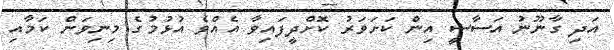
އަދި ގާނޫނު އަސާސީ އިން ކަށަވަރު ކޮށްދީފައިވާ އެއްވެ އުޅުމުގެ މިނިވަން ކަމާއި